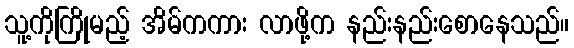
သူ့ကိုကြိုမည့် အိမ်ကကား လာဖို့က နည်းနည်းစောနေသည်။